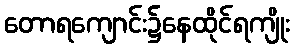
တောရကျောင်း၌နေထိုင်ရကျိုး